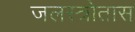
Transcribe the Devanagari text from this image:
जलस्त्रोतास